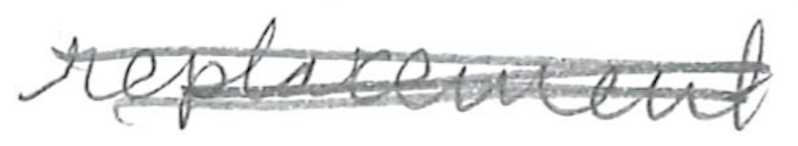
Text: replacement
Cross-out: mix
Writing tool: pencil